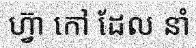
ហ្វ៊ា កៅ ដែល នាំ